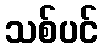
သစ်ပင်